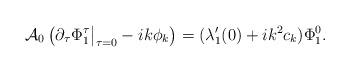
LaTeX: \begin{align*}\mathcal{A}_{0}\left(\partial_{\tau}\Phi_{1}^{\tau}\big|_{\tau = 0} - ik\phi_{k}\right) = (\lambda_{1}'(0) + ik^{2}c_{k})\Phi_{1}^{0}.\end{align*}